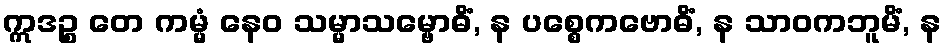
ဣဒဉ္စ တေ ကမ္မံ နေဝ သမ္မာသမ္ဗောဓိံ, န ပစ္စေကဗောဓိံ, န သာဝကဘူမိံ, န